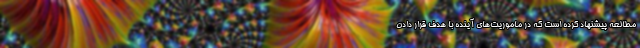
مطالعه پیشنهاد کرده است که در ماموریت‌های آینده با هدف قرار دادن